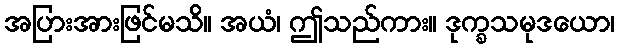
အပြားအားဖြင်မသိ။ အယံ၊ ဤသည်ကား။ ဒုက္ခသမုဒယော၊